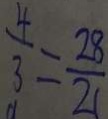
\frac { 4 } { 3 } = \frac { 2 8 } { 2 1 }